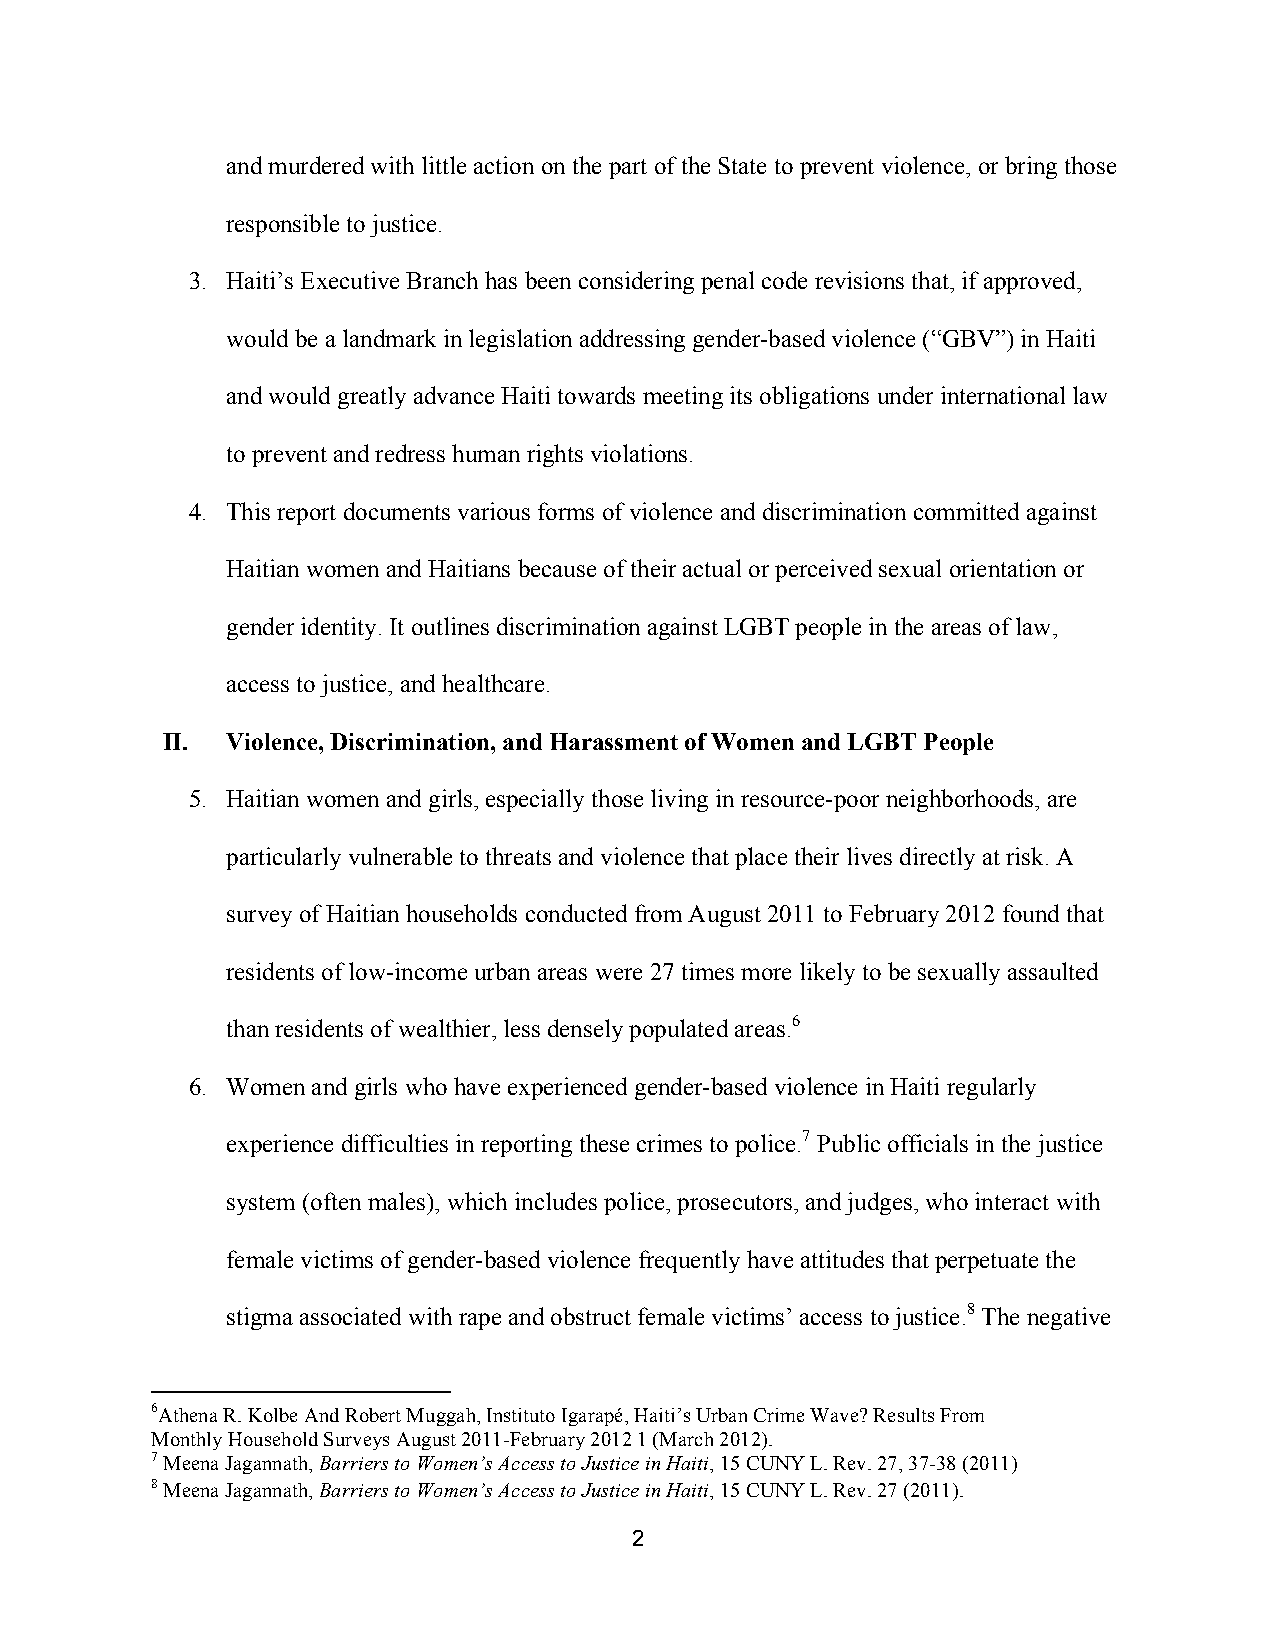
and murdered with little action on the part of the State to prevent violence, or bring those
 responsible to justice.
 3. Haiti’s Executive Branch has been considering penal code revisions that, if approved,
 would be a landmark in legislation addressing gender-based violence (“GBV”) in Haiti
 and would greatly advance Haiti towards meeting its obligations under international law
 to prevent and redress human rights violations.
 4. This report documents various forms of violence and discrimination committed against
 Haitian women and Haitians because of their actual or perceived sexual orientation or
 gender identity. It outlines discrimination against LGBT people in the areas of law,
 access to justice, and healthcare.
 II. Violence, Discrimination, and Harassment of Women and LGBT People
 5. Haitian women and girls, especially those living in resource-poor neighborhoods, are
 particularly vulnerable to threats and violence that place their lives directly at risk. A
 survey of Haitian households conducted from August 2011 to February 2012 found that
 residents of low-income urban areas were 27 times more likely to be sexually assaulted
 than residents of wealthier, less densely populated areas.6
 6. Women and girls who have experienced gender-based violence in Haiti regularly
 experience difficulties in reporting these crimes to police.7 Public officials in the justice
 system (often males), which includes police, prosecutors, and judges, who interact with
 female victims of gender-based violence frequently have attitudes that perpetuate the
 stigma associated with rape and obstruct female victims’ access to justice.8 The negative
 6Athena R. Kolbe And Robert Muggah, Instituto Igarapé, Haiti’s Urban Crime Wave? Results From
 Monthly Household Surveys August 2011-February 2012 1 (March 2012).
 7 Meena Jagannath, Barriers to Women’s Access to Justice in Haiti, 15 CUNY L. Rev. 27, 37-38 (2011)
 8 Meena Jagannath, Barriers to Women’s Access to Justice in Haiti, 15 CUNY L. Rev. 27 (2011).
 2